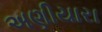
અણીયારા